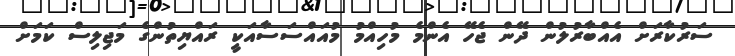
ސަރުކާރަށް އެއްބާރުލުން ދޭން ޖެހޭ އެންމެ މުހިއްމު މުއައްސަސާއަކީ ރައްޔިތުންގެ މަޖިލިސް ކަމަށް